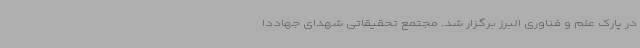
در پارک علم و فناوری البرز برگزار شد. مجتمع تحقیقاتی شهدای جهاددا